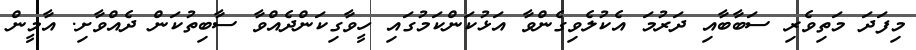
މިފަދަ މަތިވެރި ސަބާބާއި ދަރުމަ އެކުލެވިގެންވާ އަޅުކަންކަމުގައި ހީވާގިކަންދެއްވާ ސާބިތުކަން ދެއްވާށި. އާމީން